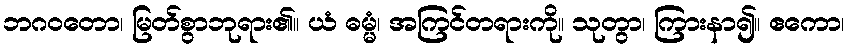
ဘဂဝတော၊ မြတ်စွာဘုရား၏။ ယံ ဓမ္မံ၊ အကြင်တရားကို။ သုတွာ၊ ကြားနာ၍။ ဧကော၊